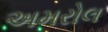
અમરોલ